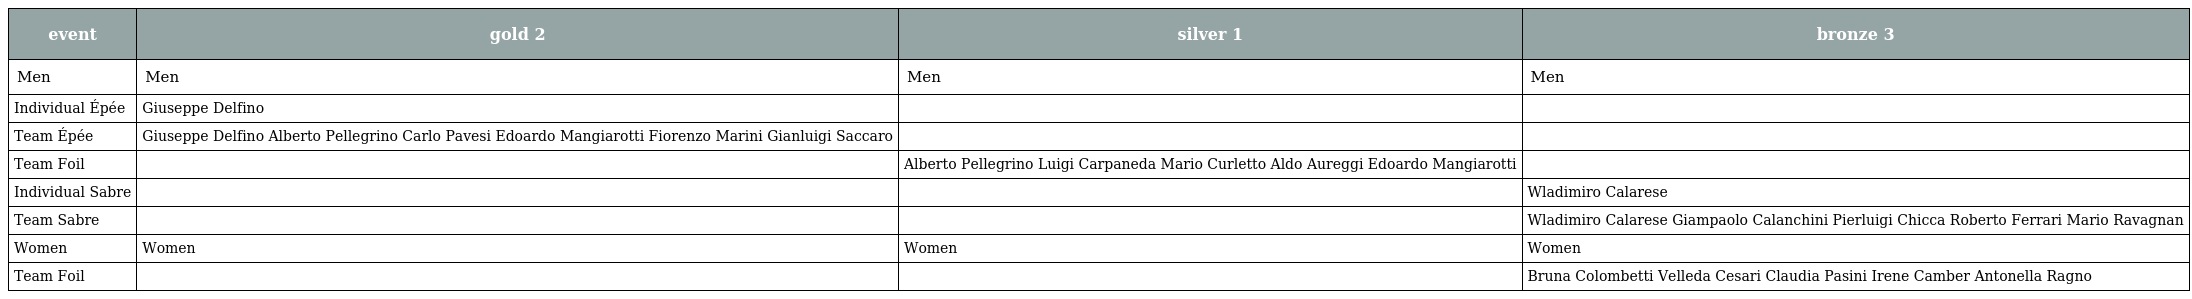
| event | gold 2 | silver 1 | bronze 3 |
 | --- | --- | --- | --- |
 | Men | Men | Men | Men |
 | Individual Épée | Giuseppe Delfino |  |  |
 | Team Épée | Giuseppe Delfino Alberto Pellegrino Carlo Pavesi Edoardo Mangiarotti Fiorenzo Marini Gianluigi Saccaro |  |  |
 | Team Foil |  | Alberto Pellegrino Luigi Carpaneda Mario Curletto Aldo Aureggi Edoardo Mangiarotti |  |
 | Individual Sabre |  |  | Wladimiro Calarese |
 | Team Sabre |  |  | Wladimiro Calarese Giampaolo Calanchini Pierluigi Chicca Roberto Ferrari Mario Ravagnan |
 | Women | Women | Women | Women |
 | Team Foil |  |  | Bruna Colombetti Velleda Cesari Claudia Pasini Irene Camber Antonella Ragno |